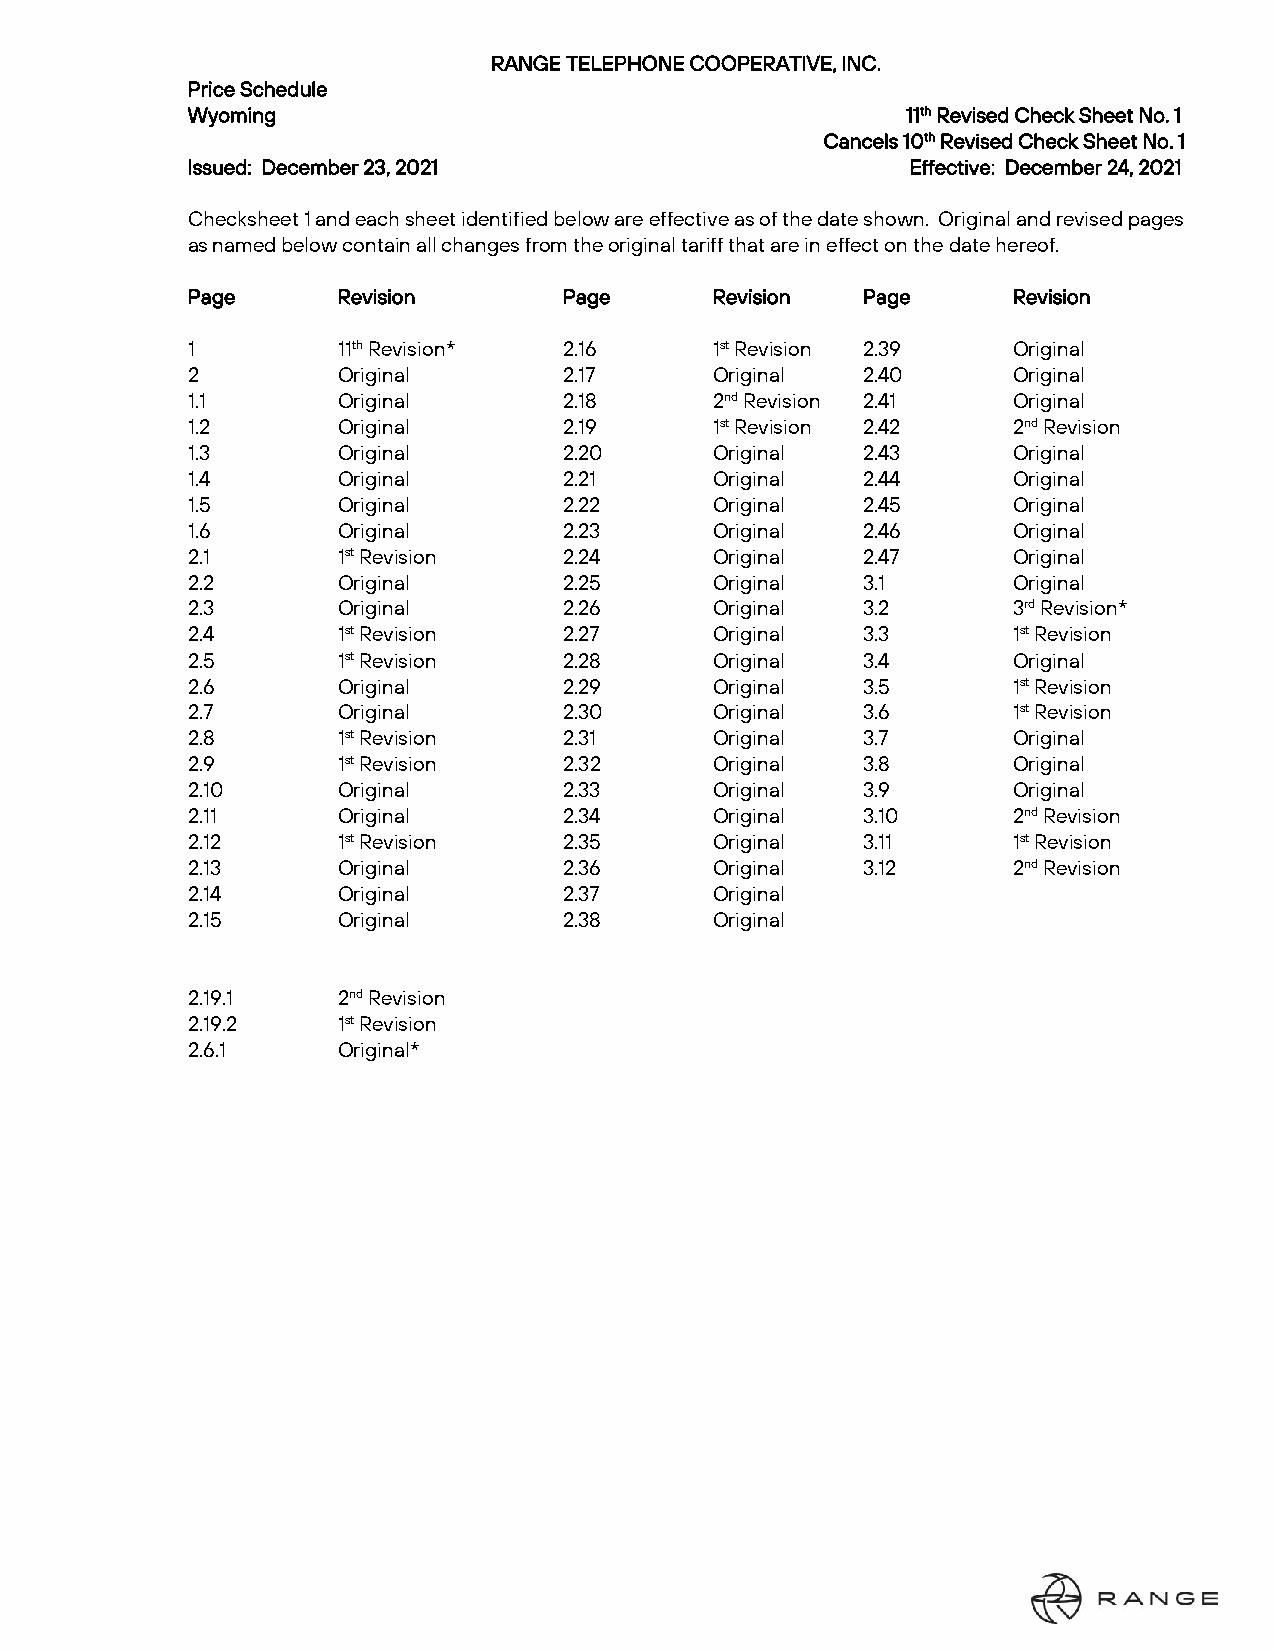
RANGE TELEPHONE COOPERATIVE, INC.
 Price Schedule
 Wyoming                                         11th Revised Check Sheet No. 1
 Cancels 10th Revised Check Sheet No. 1
 Issued: December 23, 2021                       Effective: December 24, 2021
 Checksheet 1 and each sheet identified below are effective as of the date shown. Original and revised pages
 as named below contain all changes from the original tariff that are in effect on the date hereof.
 Page      Revision       Page      Revision  Page      Revision
 1         11th Revision* 2.16      1st Revision 2.39   Original
 2         Original       2.17      Original  2.40      Original
 1.1       Original       2.18      2nd Revision 2.41   Original
 1.2       Original       2.19      1st Revision 2.42   2nd Revision
 1.3       Original       2.20      Original  2.43      Original
 1.4       Original       2.21      Original  2.44      Original
 1.5       Original       2.22      Original  2.45      Original
 1.6       Original       2.23      Original  2.46      Original
 2.1       1st Revision   2.24      Original  2.47      Original
 2.2       Original       2.25      Original  3.1       Original
 2.3       Original       2.26      Original  3.2       3rd Revision*
 2.4       1st Revision   2.27      Original  3.3       1st Revision
 2.5       1st Revision   2.28      Original  3.4       Original
 2.6       Original       2.29      Original  3.5       1st Revision
 2.7       Original       2.30      Original  3.6       1st Revision
 2.8       1st Revision   2.31      Original  3.7       Original
 2.9       1st Revision   2.32      Original  3.8       Original
 2.10      Original       2.33      Original  3.9       Original
 2.11      Original       2.34      Original  3.10      2nd Revision
 2.12      1st Revision   2.35      Original  3.11      1st Revision
 2.13      Original       2.36      Original  3.12      2nd Revision
 2.14      Original       2.37      Original
 2.15      Original       2.38      Original
 2.19.1    2nd Revision
 2.19.2    1st Revision
 2.6.1     Original*